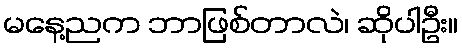
မနေ့ညက ဘာဖြစ်တာလဲ၊ ဆိုပါဦး။